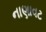
નાણાવટ